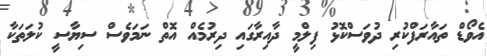
އެވޯޑް ތައާރަފްކުރި ދުވަސްކޮޅު ފިލްމީ ދާއިރާގައި ދިރުމެއް އޮތް ނަމަވެސް ސިޔާސީ ކުލަތަކާ